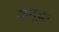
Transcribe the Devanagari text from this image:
अनूढा